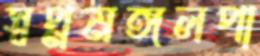
স্বপ্নমঙ্গলপা